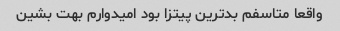
واقعا متاسفم بدترین پیتزا بود امیدوارم بهت بشین